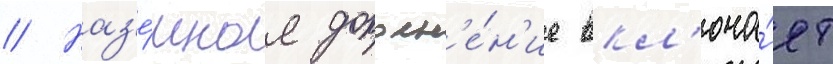
// Наз'е́мное дополн'е́н'ие вкл'юча́ет